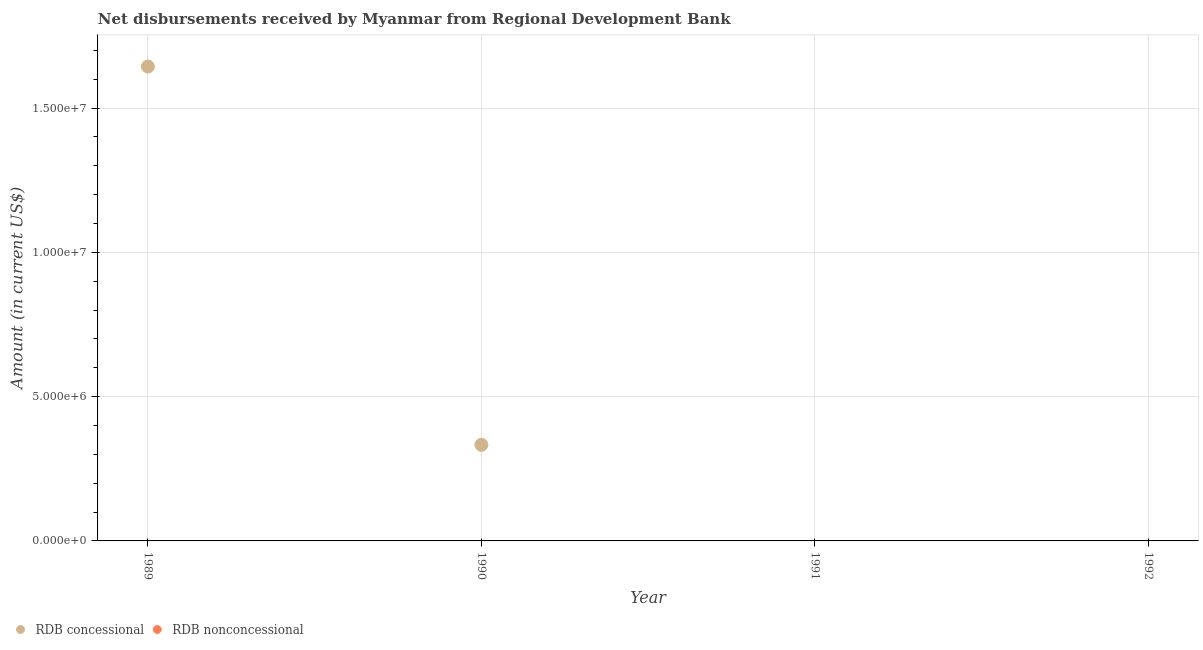
| Year | RDB concessional | RDB nonconcessional |
 | --- | --- | --- |
 | 1989 | 1.64e+07 | -3.3e+05 |
 | 1990 | 3.33e+06 | -5.07e+05 |
 | 1991 | -1.25e+06 | -5.06e+05 |
 | 1992 | -5.51e+06 | -5.53e+05 |